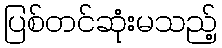
ပြစ်တင်ဆုံးမသည့်